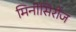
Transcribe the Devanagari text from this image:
मिनीसिरीज